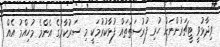
ވިދާޅުވީ ޓީޗަރުންނަށް ހުރި ފުރުސަތުތައް ފުޅާކުރުމަކީ މި ސަރުކާރުގެ އެންމެ މުހިއްމު އެއް